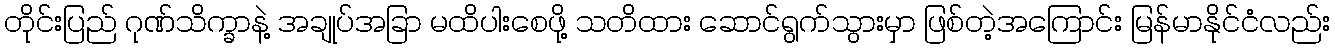
တိုင်းပြည် ဂုဏ်သိက္ခာနဲ့ အချုပ်အခြာ မထိပါးစေဖို့ သတိထား ဆောင်ရွက်သွားမှာ ဖြစ်တဲ့အကြောင်း မြန်မာနိုင်ငံလည်း